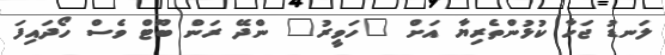
ލަނޑު ޖަހާ ކުޅުންތެރިޔާ އަށް "ހަވީރު" ންދޭ ރަން ބޫޓް ވެސް ހޯދައިފަ